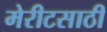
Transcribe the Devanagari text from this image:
मेरीटसाठी